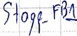
Text: Stopp_FB1